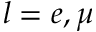
l = e , \mu